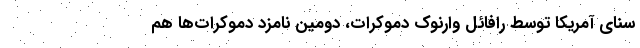
سنای آمریکا توسط رافائل وارنوک دموکرات، دومین نامزد دموکرات‌ها هم